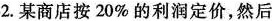
2.某商店按20%的利润定价，然后